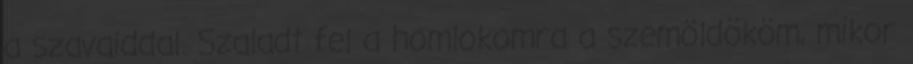
a szavaiddal. Szaladt fel a homlokomra a szemöldököm, mikor